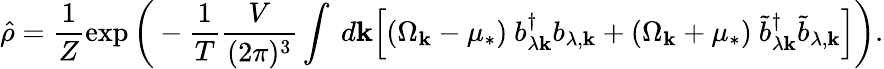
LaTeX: \hat{\rho}=\frac 1Z\exp\bigg(-\frac 1T\frac{V}{(2\pi)^{3}}\int~d{\mathbf k}\Bigl[(\Omega_{\mathbf k}-\mu_{*})~b_{\lambda{\mathbf k}}^{\dagger}b_{\lambda,{\mathbf k}}+(\Omega_{\mathbf k}+\mu_{*})~{\tilde{b}}_{\lambda{\mathbf k}}^{\dagger}{\tilde{b}}_{\lambda,{\mathbf k}}\Bigr]\bigg).